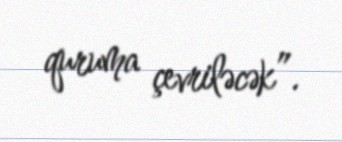
quruma çevriləcək”.